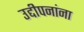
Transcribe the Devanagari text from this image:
उद्दीपनांना